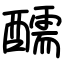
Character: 醹